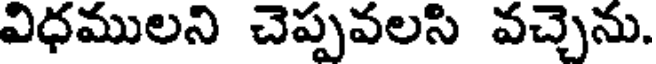
విధములని చెప్పవలసి వచ్చెను.